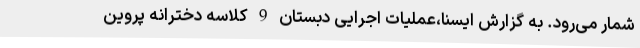
شمار می‌رود. به گزارش ایسنا،عملیات اجرایی دبستان 9 کلاسه دخترانه پروین